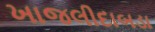
ખાજલીદાબડા